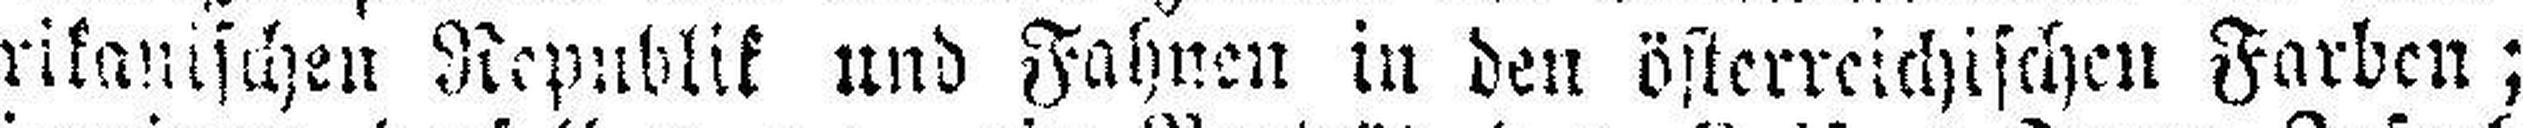
rikanischen Republik und Fahnen in den österreichischen Farben;